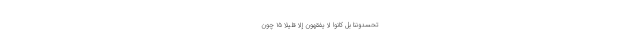
تَحْسُدُونَنَا بَلْ كَانُوا لَا يَفْقَهُونَ إِلَّا قَلِيلًا ۱۵ چون